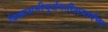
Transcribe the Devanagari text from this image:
विकाशमीयुर्जगतीशमार्गणा